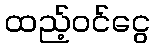
ထည့်ဝင်ငွေ